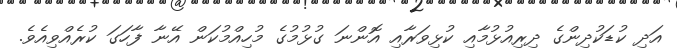
އަދި ކުޑަކުދިންގެ ދިރިއުޅުމާއި ކުޅިވަރާއި އޮންނަ ގުޅުމުގެ މުހިއްމުކަން އޭނާ ފާހަގަ ކުރެއްވިއެވެ.